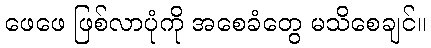
ဖေဖေ ဖြစ်လာပုံကို အစေခံတွေ မသိစေချင်။